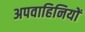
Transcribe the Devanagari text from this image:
अपवाहिनियों